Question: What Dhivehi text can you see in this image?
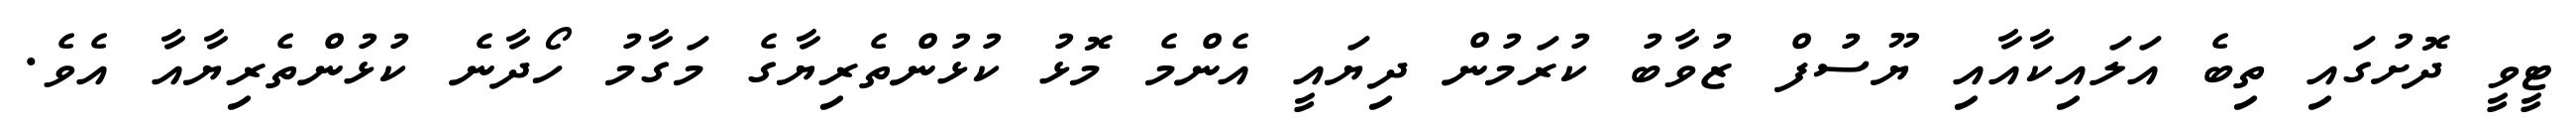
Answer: ޓީވީ ދޮށުގައި ތިބެ އަލައިކާއާއި ޔޫސުފް ޒުވާބު ކުރަމުން ދިޔައީ އެންމެ މޮޅު ކުޅުންތެރިޔާގެ މަގާމު ހޯދާނެ ކުޅުންތެރިޔާއާ އެވެ.